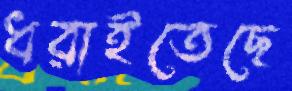
ধরাইতেছে